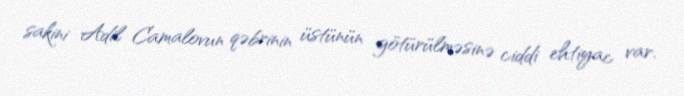
sakini Adil Camalovun qəbrinin üstünün götürülməsinə ciddi ehtiyac var.